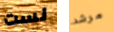
لست مرشد